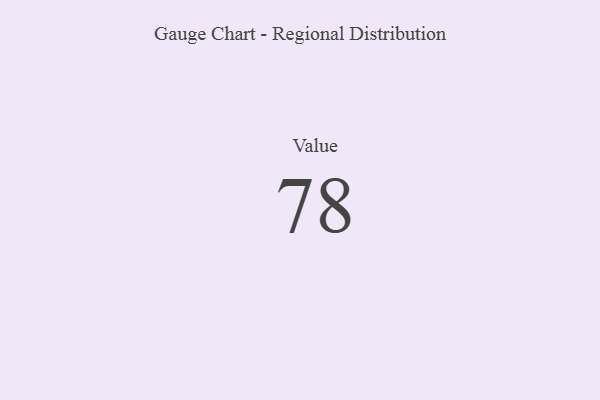
{"axis": {"x": "Metric", "y": "Value"}, "legend": [""], "data": [{"x": "Value", "y": 78, "type": ""}]}